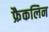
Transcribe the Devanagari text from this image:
फ्रैकलिन